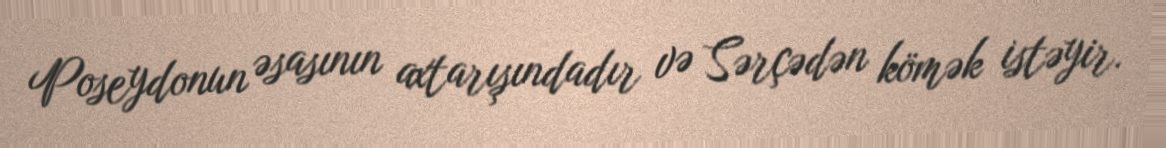
Poseydonun əsasının axtarışındadır və Sərçədən kömək istəyir.